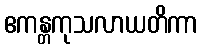
ဧကန္တကုသလာယတိကာ